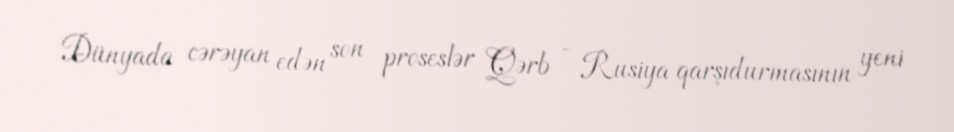
Dünyada cərəyan edən son proseslər Qərb - Rusiya qarşıdurmasının yeni